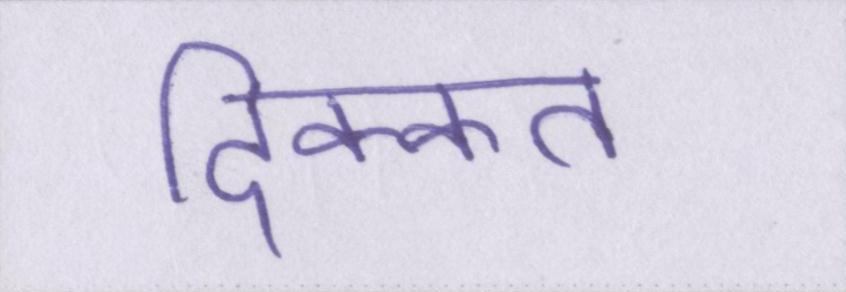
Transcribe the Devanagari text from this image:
दिक्कत